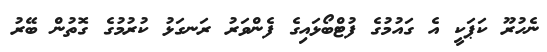
ނެހުރޫ ކަޕަކީ އެ ގައުމުގެ ފުޓްބޯޅައިގެ ފެންވަރު ރަނގަޅު ކުރުމުގެ ގޮތުން ބޭރު